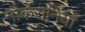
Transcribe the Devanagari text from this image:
नौकरानियाँ